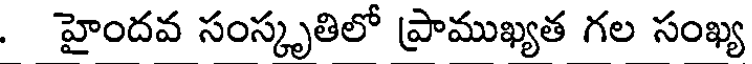
. హైందవ సంస్కృతిలో ప్రాముఖ్యత గల సంఖ్య